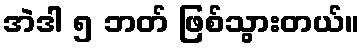
အဲဒါ ၅ ဘတ် ဖြစ်သွားတယ်။